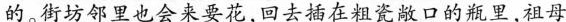
的。街坊邻里也会来要花，回去插在粗瓷敞口的瓶里，祖母